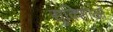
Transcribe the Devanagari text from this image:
सुविशाओं